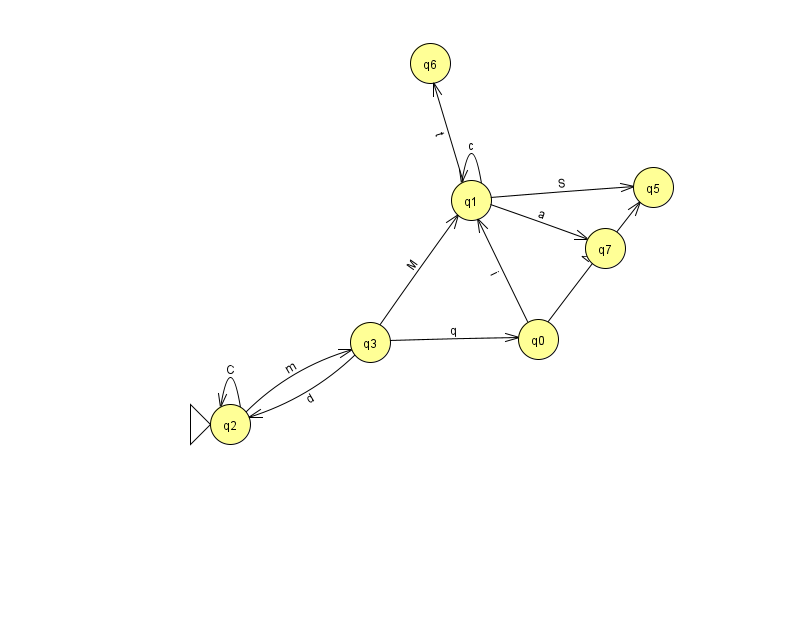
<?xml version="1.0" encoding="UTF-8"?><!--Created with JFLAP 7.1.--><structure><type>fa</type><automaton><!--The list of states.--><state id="0" name="q0"><x>538.0</x><y>326.0</y></state><state id="1" name="q1"><x>471.0</x><y>187.0</y></state><state id="2" name="q2"><x>230.0</x><y>411.0</y><initial/></state><state id="3" name="q3"><x>370.0</x><y>329.0</y></state><state id="5" name="q5"><x>653.0</x><y>174.0</y></state><state id="6" name="q6"><x>430.0</x><y>50.0</y></state><state id="7" name="q7"><x>605.0</x><y>235.0</y></state><!--The list of transitions.--><transition><from>2</from><to>3</to><read>m</read></transition><transition><from>3</from><to>1</to><read>M</read></transition><transition><from>0</from><to>1</to><read>i</read></transition><transition><from>1</from><to>1</to><read>c</read></transition><transition><from>2</from><to>2</to><read>C</read></transition><transition><from>3</from><to>0</to><read>q</read></transition><transition><from>1</from><to>7</to><read>a</read></transition><transition><from>3</from><to>2</to><read>d</read></transition><transition><from>1</from><to>5</to><read>S</read></transition><transition><from>1</from><to>6</to><read>t</read></transition><transition><from>0</from><to>5</to><read>N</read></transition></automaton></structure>